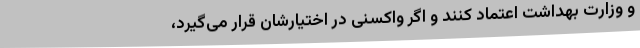
و وزارت بهداشت اعتماد کنند و اگر واکسنی در اختیارشان قرار می‌گیرد،